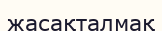
жасақталмақ